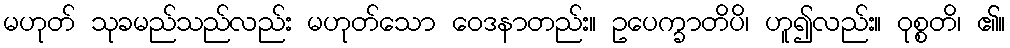
မဟုတ် သုခမည်သည်လည်း မဟုတ်သော ဝေဒနာတည်း။ ဥပေက္ခာတိပိ၊ ဟူ၍လည်း။ ဝုစ္စတိ၊ ၏။